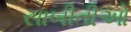
સાબીતીઓ